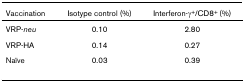
| Vaccination | Isotype control (%) | Interferon-γ+/CD8+ (%) |
 | --- | --- | --- |
 | VRP-neu | 0.10 | 2.80 |
 | VRP-HA | 0.14 | 0.27 |
 | Naïve | 0.03 | 0.39 |